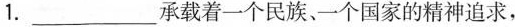
1.___承载着一个民族、个国家的精神追求，